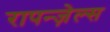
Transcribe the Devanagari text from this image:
रापन्ज़ेल्स